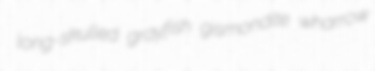
long-skulled grayfish gismondite wharrow